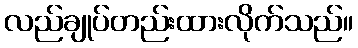
လည်ချုပ်တည်းထားလိုက်သည်။